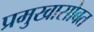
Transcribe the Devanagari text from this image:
प्रमुखासोबत